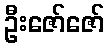
ဦးဇော်ဇော်